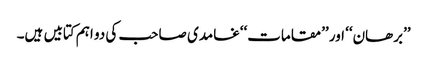
’’برھان‘‘ اور ’’مقامات‘‘غامدی صاحب کی دو اہم کتابیں ہیں۔